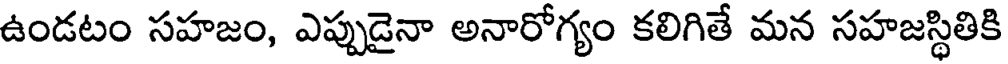
ఉండటం సహజం, ఎప్పుడైనా అనారోగ్యం కలిగితే మన సహజస్థితికి